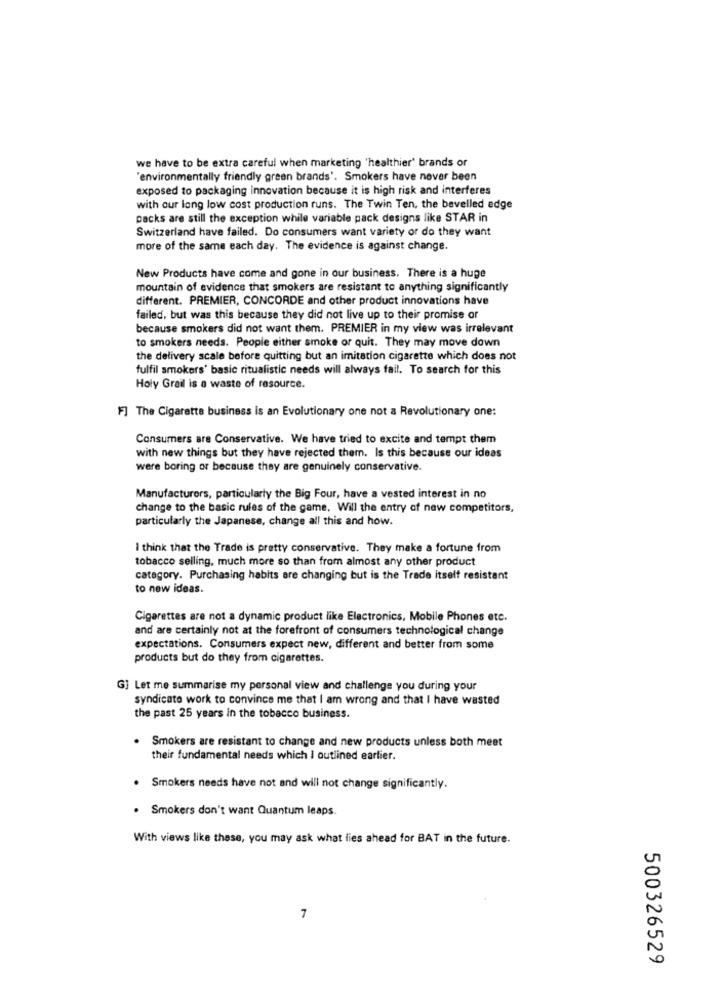
we have to be extra careful when marketing 'healthier' brands or
'environmentally friendly green brands'. Smokers have never been
exposed to packaging innovation because it is high risk and interferes
with our long low cost production runs. The Twin Ten, the bevelled edge
packs are still the exception while variable pack designs like STAR in
Switzerland have failed. Do consumers want variety or do they want
more of the same each day. The evidence is against change.
New Products have come and gone in our business. There is a huge
mountain of evidence that smokers are resistant to anything significantly
different. PREMIER, CONCORDE and other product innovations have
failed, but was this because they did not live up to their promise or
because smokers did not want them. PREMIER in my view was irrelevant
to smokers needs. People either smoke or quit. They may move down
the delivery scale before quitting but an imitation cigarette which does not
fulfil smokers' basic ritualistic needs will always fail. To search for this
Holy Grail is a waste of resource.
F] The Cigarette business is an Evolutionary one not a Revolutionary one:
Consumers are Conservative. We have tried to excite and tempt them
with new things but they have rejected them. Is this because our ideas
were boring or because they are genuinely conservative.
Manufacturers, particularly the Big Four, have a vested interest in no
change to the basic rules of the game. Will the entry of new competitors,
particularly the Japanese, change all this and how.
I think that the Trade is pretty conservative. They make a fortune from
tobacco selling, much more so than from almost any other product
category. Purchasing habits are changing but is the Trade itself resistant
to new ideas.
Cigarettes are not a dynamic product like Electronics, Mobile Phones etc.
and are certainly not at the forefront of consumers technological change
expectations. Consumers expect new, different and better from some
products but do they from cigarettes.
Gj Let me summarise my personal view and challenge you during your
syndicate work to convince me that I am wrong and that I have wasted
the past 25 years in the tobacco business.
.
Smokers are resistant to change and new products unless both meet
their fundamental needs which I outlined earlier.
. Smokers needs have not and will not change significantly.
. Smokers don't want Quantum leaps.
With views like these, you may ask what lies ahead for BAT in the future.
7
500326529